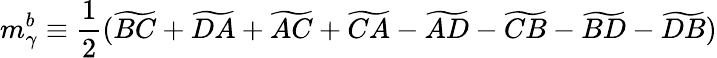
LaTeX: m_{\gamma}^{b}\equiv\frac{1}{2}(\widetilde{BC}+\widetilde{DA}+\widetilde{AC}+\widetilde{CA}-\widetilde{AD}-\widetilde{CB}-\widetilde{BD}-\widetilde{DB})